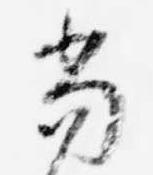
当